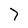
Character: 7